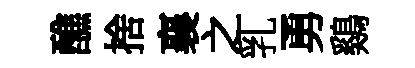
醮捨襄之乳勇鷄